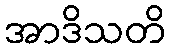
အာဒိသတိ